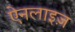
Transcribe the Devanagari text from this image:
ऐनलाइज़